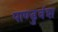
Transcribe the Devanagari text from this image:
पाण्डुवंश